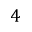
4